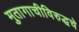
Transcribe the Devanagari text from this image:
मुतागाचीविरुद्धचे